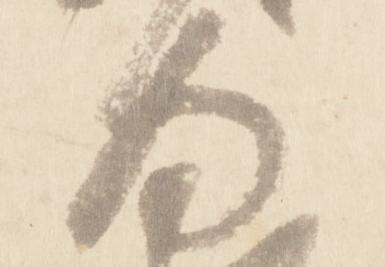
為